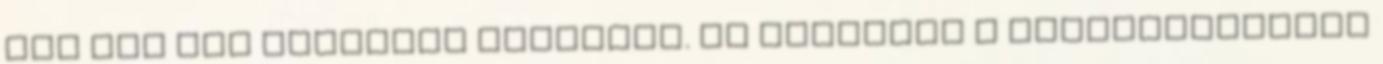
aki nem kap magasabb fizetést. Ők ráadásul a legalacsonyabb